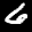
Label: 6